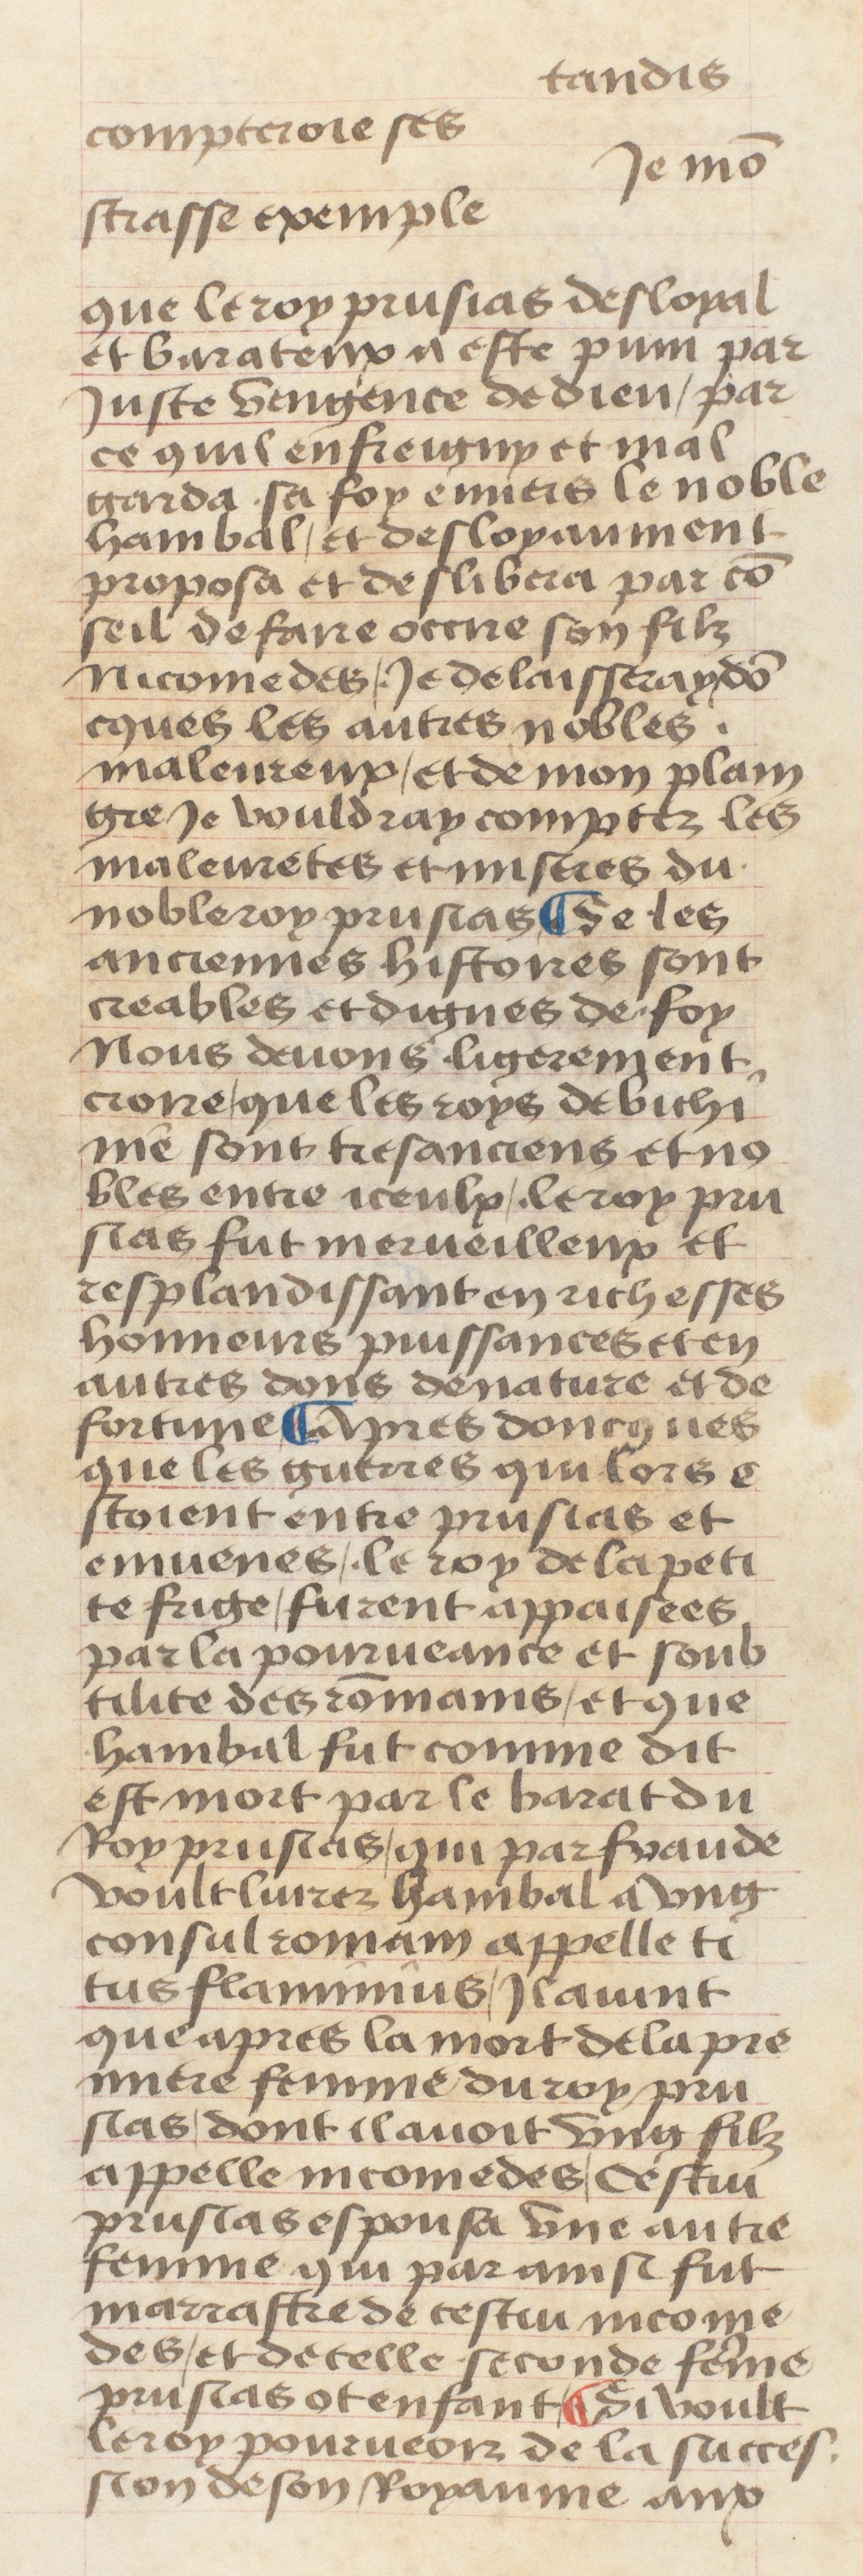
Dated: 1400–1499